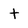
Character: t